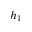
h _ { 1 }